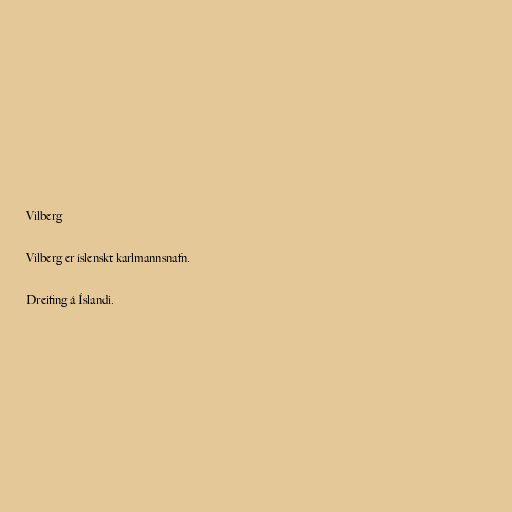
Vilberg

Vilberg er íslenskt karlmannsnafn.

Dreifing á Íslandi.